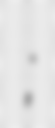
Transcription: Андрэй Уладзіміравіч Курэйчык;